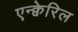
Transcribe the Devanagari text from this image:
एन्क्वेरिल